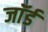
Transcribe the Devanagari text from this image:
जाॅर्ड